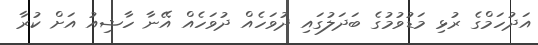
އަދުހަމްގެ ރުޅި މަޑުވުމުގެ ބަދަލުގައި ދުވަހެއް ދުވަހެއް އޭނާ ހާޝިއު އަށް ކުރާ